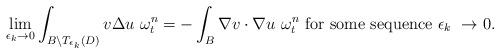
LaTeX: \begin{align*}\lim_{\epsilon_{k}\rightarrow 0}\int_{B\setminus T_{\epsilon_{k}}(D)}v \Delta u\ \omega_{t}^{n}=-\int_{B}\nabla v\cdot\nabla u\ \omega_{t}^{n}\ \textrm{for some sequence}\ \epsilon_{k}\ \rightarrow 0.\end{align*}